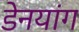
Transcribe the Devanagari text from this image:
डेनयांग